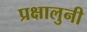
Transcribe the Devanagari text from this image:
प्रक्षालुनी